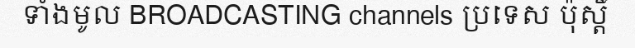
ទាំងមូល BROADCASTING channels ប្រទេស ប៉ុស្តិ៍